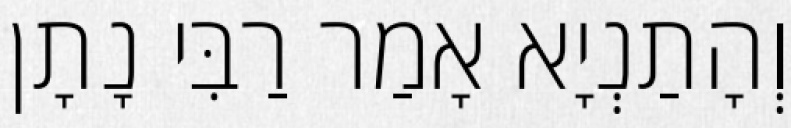
וְהָתַנְיָא אָמַר רַבִּי נָתָן